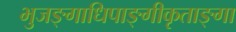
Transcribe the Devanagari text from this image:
भुजङ्गाधिपाङ्गीकृताङ्गा